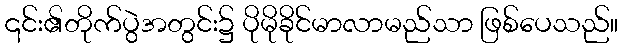
၎င်း၏တိုက်ပွဲအတွင်း၌ ပိုမိုခိုင်မာလာမည်သာ ဖြစ်ပေသည်။